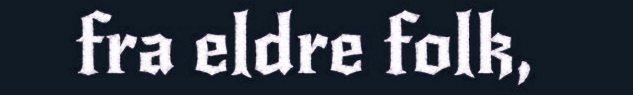
fra eldre folk,